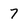
Character: 7